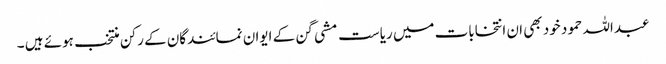
عبداللہ حمود خود بھی ان انتخابات میں ریاست مشی گن کے ایوان نمائندگان کے رکن منتخب ہوئے ہیں ۔